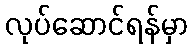
လုပ်ဆောင်ရန်မှာ